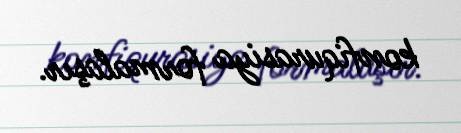
konfiqurasiya formalaşır.